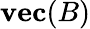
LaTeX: \textbf{vec}(B)